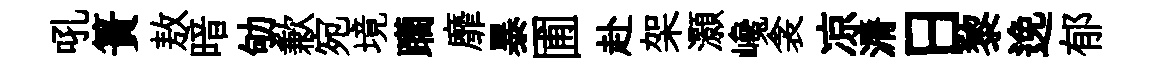
吼簣敖暗劬歉宛境躪靡暴圃赴架灝巉衾凉漘日黎𨓜郁